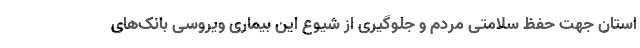
استان جهت حفظ سلامتی مردم و جلوگیری از شیوع این بیماری ویروسی بانک‌های